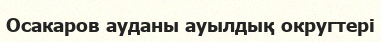
Осакаров ауданы ауылдық округтері